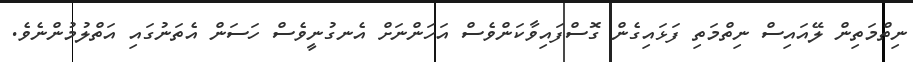
ނިތްމަތިން ލޭއައިސް ނިތްމަތި ފަޅައިގެން ގޮސްފައިވާކަންވެސް އަހަންނަށް އެނގުނީވެސް ހަސަން އެތަނުގައި އަތްލުމުންނެވެ.